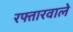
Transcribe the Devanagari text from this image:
रफ्तारवाले